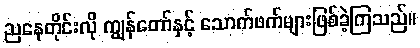
ညနေတိုင်းလို ကျွန်တော်နှင့် သောက်ဖက်များဖြစ်ခဲ့ကြသည်။